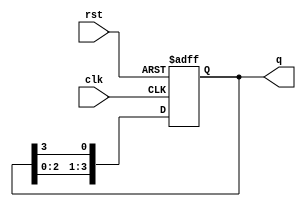
module synchronous_ring_counter #(
    parameter N = 4  // Number of flip-flops (ring size)
) (
    input wire clk,      // Clock signal
    input wire rst,      // Asynchronous reset
    output reg [N-1:0] q // Counter output
);

    // Asynchronous reset and synchronous counting
    always @(posedge clk or posedge rst) begin
        if (rst) begin
            // Initialize: Set only the first flip-flop (LSB) to '1'
            q <= 1'b1; 
        end else begin
            // Shift the '1' through the flip-flops in a circular manner
            q <= {q[N-2:0], q[N-1]}; // Shift left and wrap around
        end
    end

endmodule